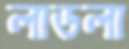
লাডলা